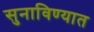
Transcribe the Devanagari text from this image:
सुनाविण्यात